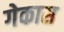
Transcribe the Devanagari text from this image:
गेकास